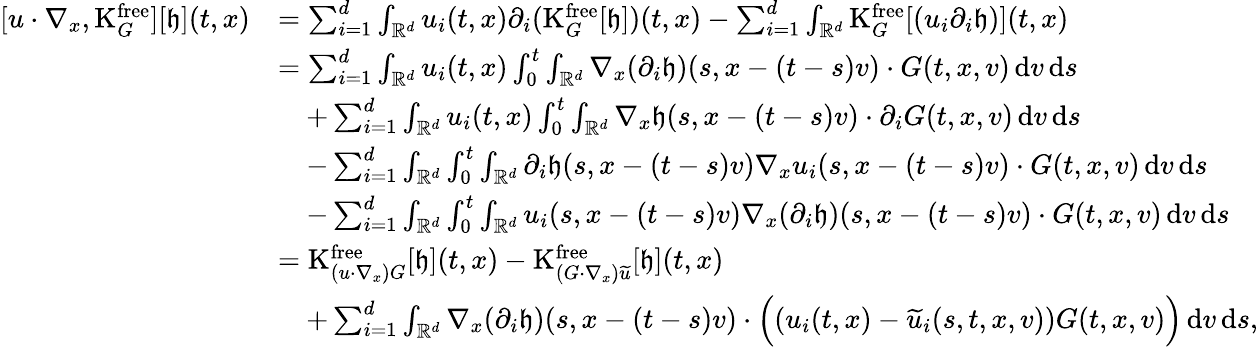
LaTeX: \begin{array}{rl}{[u\cdot\nabla_{x},\mathrm{K}_{G}^{\mathrm{free}}][\mathfrak{h}](t,x)}&{=\sum_{i=1}^{d}\int_{\mathbb R^{d}}u_{i}(t,x)\partial_{i}(\mathrm{K}_{G}^{\mathrm{free}}[\mathfrak{h}])(t,x)-\sum_{i=1}^{d}\int_{\mathbb R^{d}}\mathrm{K}_{G}^{\mathrm{free}}[(u_{i}\partial_{i}\mathfrak{h})](t,x)}\\ &{=\sum_{i=1}^{d}\int_{\mathbb R^{d}}u_{i}(t,x)\int_{0}^{t}\int_{\mathbb R^{d}}\nabla_{x}(\partial_{i}\mathfrak{h})(s,x-(t-s)v)\cdot G(t,x,v)\, \mathrm{d}v\, \mathrm{d}s}\\ &{\quad+\sum_{i=1}^{d}\int_{\mathbb R^{d}}u_{i}(t,x)\int_{0}^{t}\int_{\mathbb R^{d}}\nabla_{x}\mathfrak{h}(s,x-(t-s)v)\cdot\partial_{i}G(t,x,v)\, \mathrm{d}v\, \mathrm{d}s}\\ &{\quad-\sum_{i=1}^{d}\int_{\mathbb R^{d}}\int_{0}^{t}\int_{\mathbb R^{d}}\partial_{i}\mathfrak{h}(s,x-(t-s)v)\nabla_{x}u_{i}(s,x-(t-s)v)\cdot G(t,x,v)\, \mathrm{d}v\, \mathrm{d}s}\\ &{\quad-\sum_{i=1}^{d}\int_{\mathbb R^{d}}\int_{0}^{t}\int_{\mathbb R^{d}}u_{i}(s,x-(t-s)v)\nabla_{x}(\partial_{i}\mathfrak{h})(s,x-(t-s)v)\cdot G(t,x,v)\, \mathrm{d}v\, \mathrm{d}s}\\ &{=\mathrm{K}_{(u\cdot\nabla_{x})G}^{\mathrm{free}}[\mathfrak{h}](t,x)-\mathrm{K}_{(G\cdot\nabla_{x})\widetilde{u}}^{\mathrm{free}}[\mathfrak{h}](t,x)}\\ &{\quad+\sum_{i=1}^{d}\int_{\mathbb R^{d}}\nabla_{x}(\partial_{i}\mathfrak{h})(s,x-(t-s)v)\cdot\Big((u_{i}(t,x)-\widetilde{u}_{i}(s,t,x,v))G(t,x,v)\Big)\, \mathrm{d}v\, \mathrm{d}s,}\end{array}